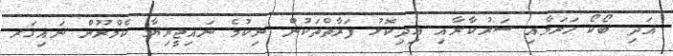
އަދި ބޯކޯ ހަރަމާއި ސަރުކާރާއި އިދިކޮޅު ފަރާތްތަކުން ނިކުމެ ނައިޖީރިޔާ ކެމްރޫން ނައިގަރ